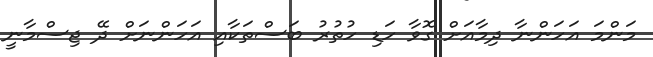
މަންމަ އަހަންނާ ދިމާއަށް ގޮވާ ހަޑި ހުތުރު ބަސްތަކާއި އަހަންނަށް ދޭ ޖިސްމާނީ